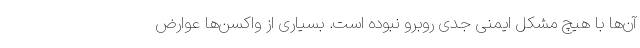
آن‌ها با هیچ مشکل ایمنی جدی روبرو نبوده است. بسیاری از واکسن‌ها عوارض